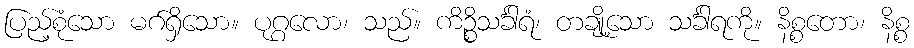
ပြည့်စုံသော မဂ်ရှိသော။ ပုဂ္ဂလော၊ သည်။ ကိဉ္စိသင်္ခါရံ၊ တချို့သော သင်္ခါရကို။ နိစ္စတော၊ နိစ္စ